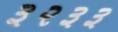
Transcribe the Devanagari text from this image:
३२३३